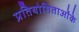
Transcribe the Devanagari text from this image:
प्रतियोगिताओंके